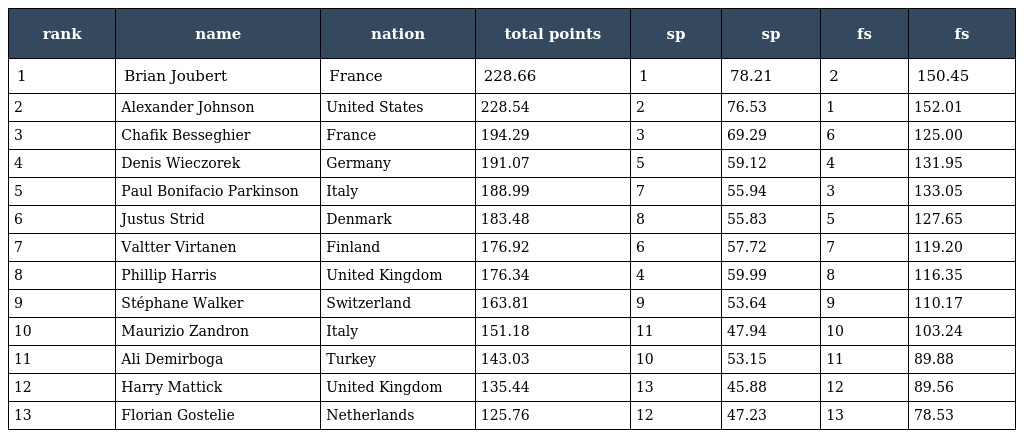
| rank | name | nation | total points | sp | sp | fs | fs |
 | --- | --- | --- | --- | --- | --- | --- | --- |
 | 1 | Brian Joubert | France | 228.66 | 1 | 78.21 | 2 | 150.45 |
 | 2 | Alexander Johnson | United States | 228.54 | 2 | 76.53 | 1 | 152.01 |
 | 3 | Chafik Besseghier | France | 194.29 | 3 | 69.29 | 6 | 125.00 |
 | 4 | Denis Wieczorek | Germany | 191.07 | 5 | 59.12 | 4 | 131.95 |
 | 5 | Paul Bonifacio Parkinson | Italy | 188.99 | 7 | 55.94 | 3 | 133.05 |
 | 6 | Justus Strid | Denmark | 183.48 | 8 | 55.83 | 5 | 127.65 |
 | 7 | Valtter Virtanen | Finland | 176.92 | 6 | 57.72 | 7 | 119.20 |
 | 8 | Phillip Harris | United Kingdom | 176.34 | 4 | 59.99 | 8 | 116.35 |
 | 9 | Stéphane Walker | Switzerland | 163.81 | 9 | 53.64 | 9 | 110.17 |
 | 10 | Maurizio Zandron | Italy | 151.18 | 11 | 47.94 | 10 | 103.24 |
 | 11 | Ali Demirboga | Turkey | 143.03 | 10 | 53.15 | 11 | 89.88 |
 | 12 | Harry Mattick | United Kingdom | 135.44 | 13 | 45.88 | 12 | 89.56 |
 | 13 | Florian Gostelie | Netherlands | 125.76 | 12 | 47.23 | 13 | 78.53 |